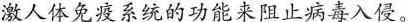
\underline{激人体免疫系统的功能来阻止病毒入侵。}